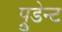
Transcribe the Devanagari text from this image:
प्रुडेन्ट